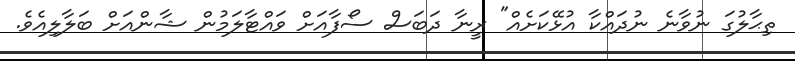
ތިޙާލުގަ ނުވާނެ ނުދައްކާ އުޅޭކަށެއް" ރީނާ ދަބަސް ސޯފާއަށް ވައްޓާލަމުން ޝާންއަށް ބަލާލިއެވެ.